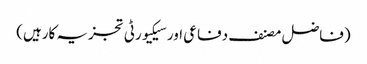
(فاضل مصنف دفاعی اور سیکیورٹی تجزیہ کارہیں)